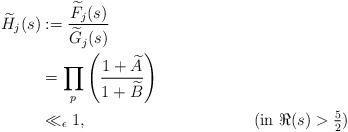
LaTeX: \begin{align*}\widetilde{H}_{j}(s)&:=\frac{\widetilde{F}_{j}(s)}{\widetilde{G}_{j}(s)} \\&=\prod_{p}^{}\left(\frac{1+\widetilde{A}}{1+\widetilde{B}}\right) \\&\ll_{\epsilon} 1, &&(\mbox{in $\Re(s)>\frac{5}{2}$})\end{align*}